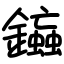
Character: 䥰